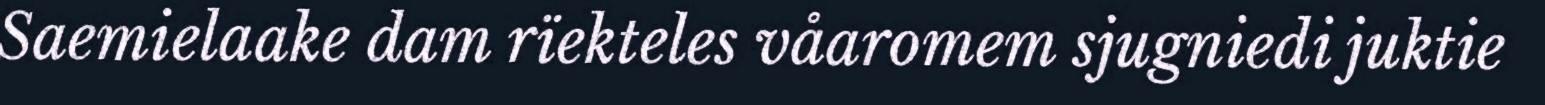
Saemielaake dam rïekteles våaromem sjugniedi juktie